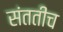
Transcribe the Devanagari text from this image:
संततीच